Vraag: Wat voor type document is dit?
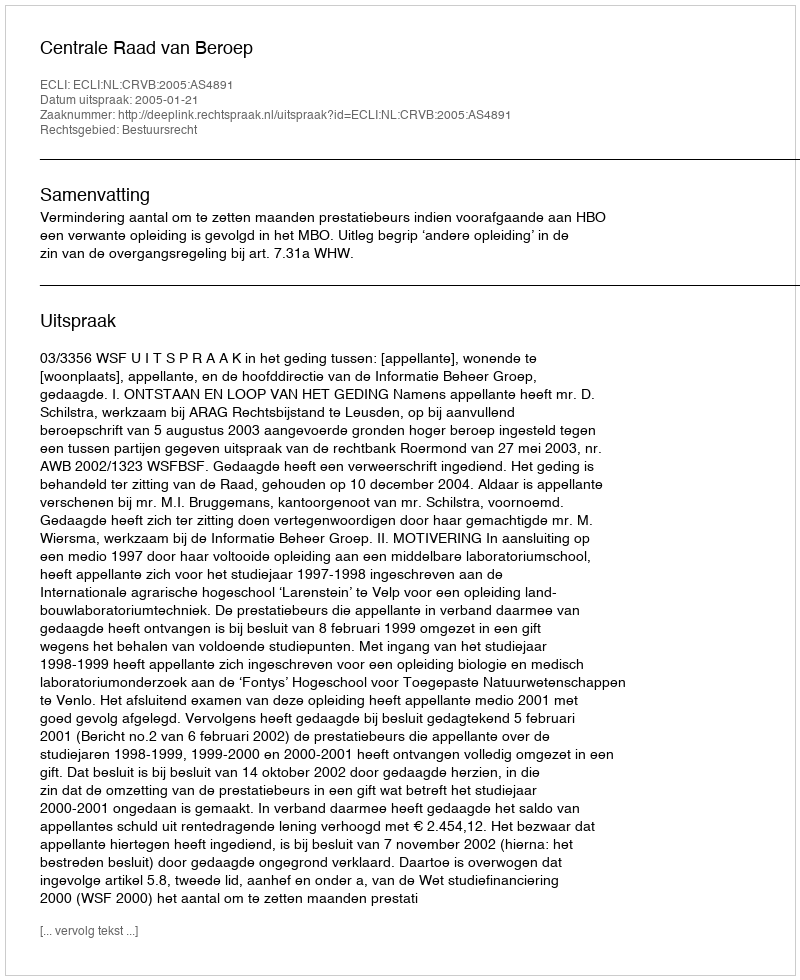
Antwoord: Uitspraak